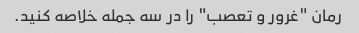
رمان "غرور و تعصب" را در سه جمله خلاصه کنید.